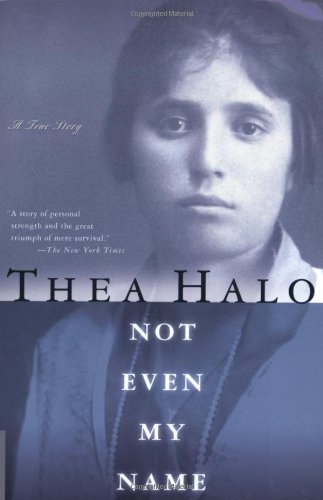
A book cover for Not Even My Name: A True Story; Thea Halo; Biographies & Memoirs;